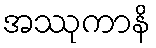
အဿုကာနိ